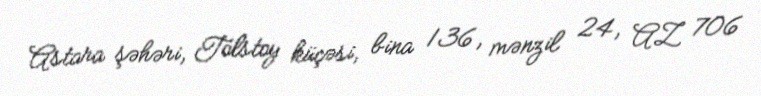
Astara şəhəri, Tolstoy küçəsi, bina 136, mənzil 24, AZ 706